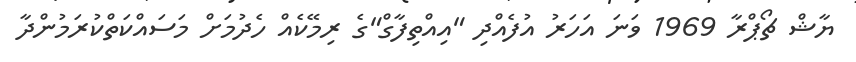
ޔާޝް ޗޯޕްރާ 1969 ވަނަ އަހަރު އުފެއްދި "އިއްތިފާގް"ގެ ރިމޭކެއް ހެދުމަށް މަސައްކަތްކުރަމުންދާ